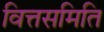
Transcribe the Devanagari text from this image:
वित्तसमिति